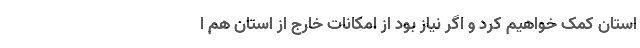
استان کمک خواهیم کرد و اگر نیاز بود از امکانات خارج از استان هم ا